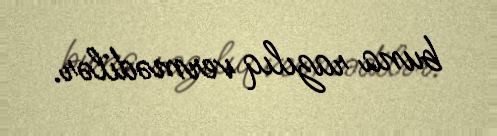
buna razılıq vermədilər.